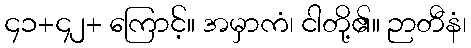
၄၁+၄၂+ ကြောင့်။ အမှာကံ၊ ငါတို့၏။ ဉာတီနံ၊